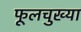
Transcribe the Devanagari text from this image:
फूलचुख्या